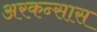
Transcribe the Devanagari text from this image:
अरकन्‍सास